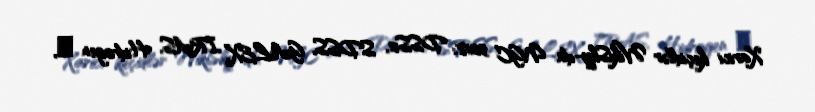
Xarici keçidlər WikiSky-da NGC 5218: DSS2, SDSS, GALEX, IRAS, Hidrogen α,